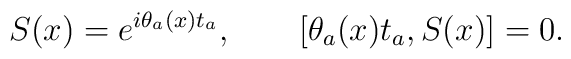
S(x) = e^{i\theta_a(x) t_a}, \qquad [\theta_a(x) t_a, S(x)] = 0.